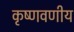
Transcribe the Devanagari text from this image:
कृष्णवणीय